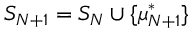
S _ { N + 1 } = S _ { N } \cup \{ \mu _ { N + 1 } ^ { * } \}